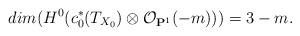
LaTeX: \begin{align*} dim (H^0(c_0^\ast(T_{X_0})\otimes \mathcal O_{\mathbf P^1}(-m)))=3-m.\end{align*}